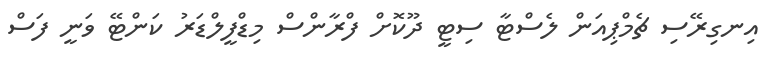
އިނގިރޭސި ޗެމްޕިއަން ލެސްޓާ ސިޓީ ދޫކޮށް ފްރާންސް މިޑްފީލްޑަރު ކަންޓޭ ވަނީ ފަސް